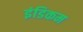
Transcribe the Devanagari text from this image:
इंडिकम